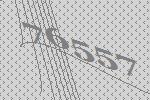
76557